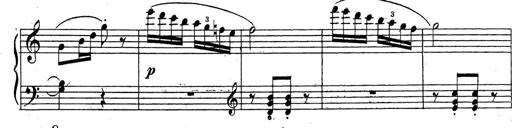
Title: 10 Sonatinas
Composer: Fritz Spindler